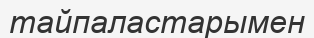
тайпаластарымен